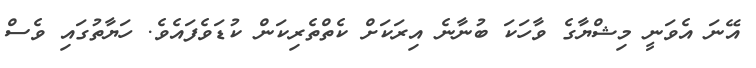
އޭނަ އެވަނީ މިޝްޔާގެ ވާހަކަ ބުނާނެ އިރަކަށް ކެތްތެރިކަން ކުޑަވެފައެވެ. ހަޔާތުގައި ވެސް